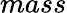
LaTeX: mass